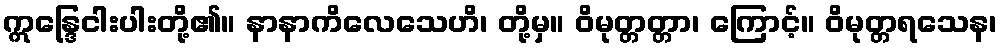
ဣန္ဒြေငါးပါးတို့၏။ နာနာကိလေသေဟိ၊ တို့မှ။ ဝိမုတ္တတ္တာ၊ ကြောင့်။ ဝိမုတ္တရသေန၊